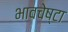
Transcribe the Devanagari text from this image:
भावचेष्टा